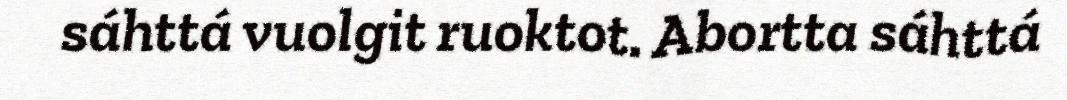
sáhttá vuolgit ruoktot. Abortta sáhttá